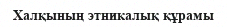
Халқының этникалық құрамы